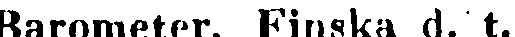
Barometer, Finska d. t.